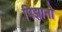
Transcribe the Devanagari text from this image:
पिझानो